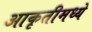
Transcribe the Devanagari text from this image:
आकृतीमध्ये